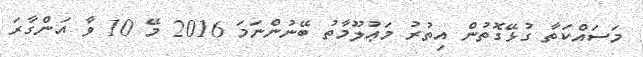
މަސައްކަތާ ގުޅޭގޮތުން އިތުރު މަޢުލޫމާތު ބޭނުންނަމަ 2016 މޭ 10 ވާ އަންގާރަ